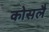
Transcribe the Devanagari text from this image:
कोसलै